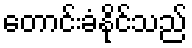
တောင်းခံနိုင်သည်